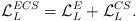
LaTeX: \begin{align*}{\cal L}_L^{ECS} = {\cal L}_L^E + {\cal L}_L^{CS}. \end{align*}